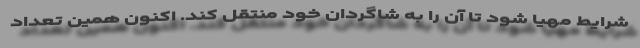
شرایط مهیا شود تا آن را به شاگردان خود منتقل کند. اکنون همین تعداد